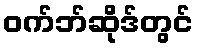
ဝက်ဘ်ဆိုဒ်တွင်